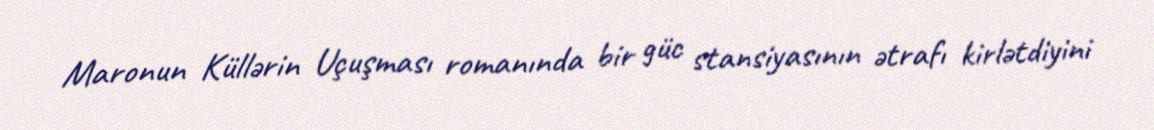
Maronun Küllərin Uçuşması romanında bir güc stansiyasının ətrafı kirlətdiyini